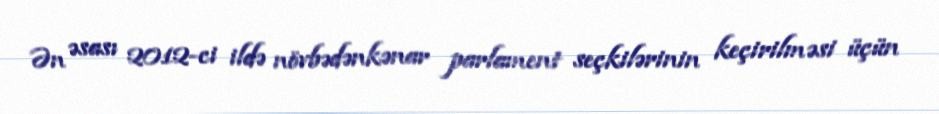
Ən əsası 2012-ci ildə növbədənkənar parlament seçkilərinin keçirilməsi üçün